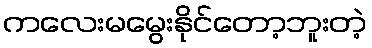
ကလေးမမွေးနိုင်တော့ဘူးတဲ့